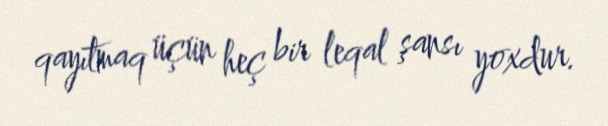
qayıtmaq üçün heç bir leqal şansı yoxdur.